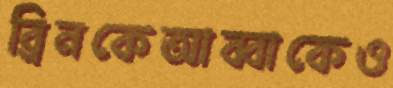
ব্রিনকেআব্বাকেও